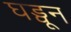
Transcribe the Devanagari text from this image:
घड्वून